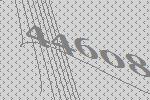
44608